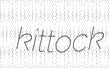
kittock